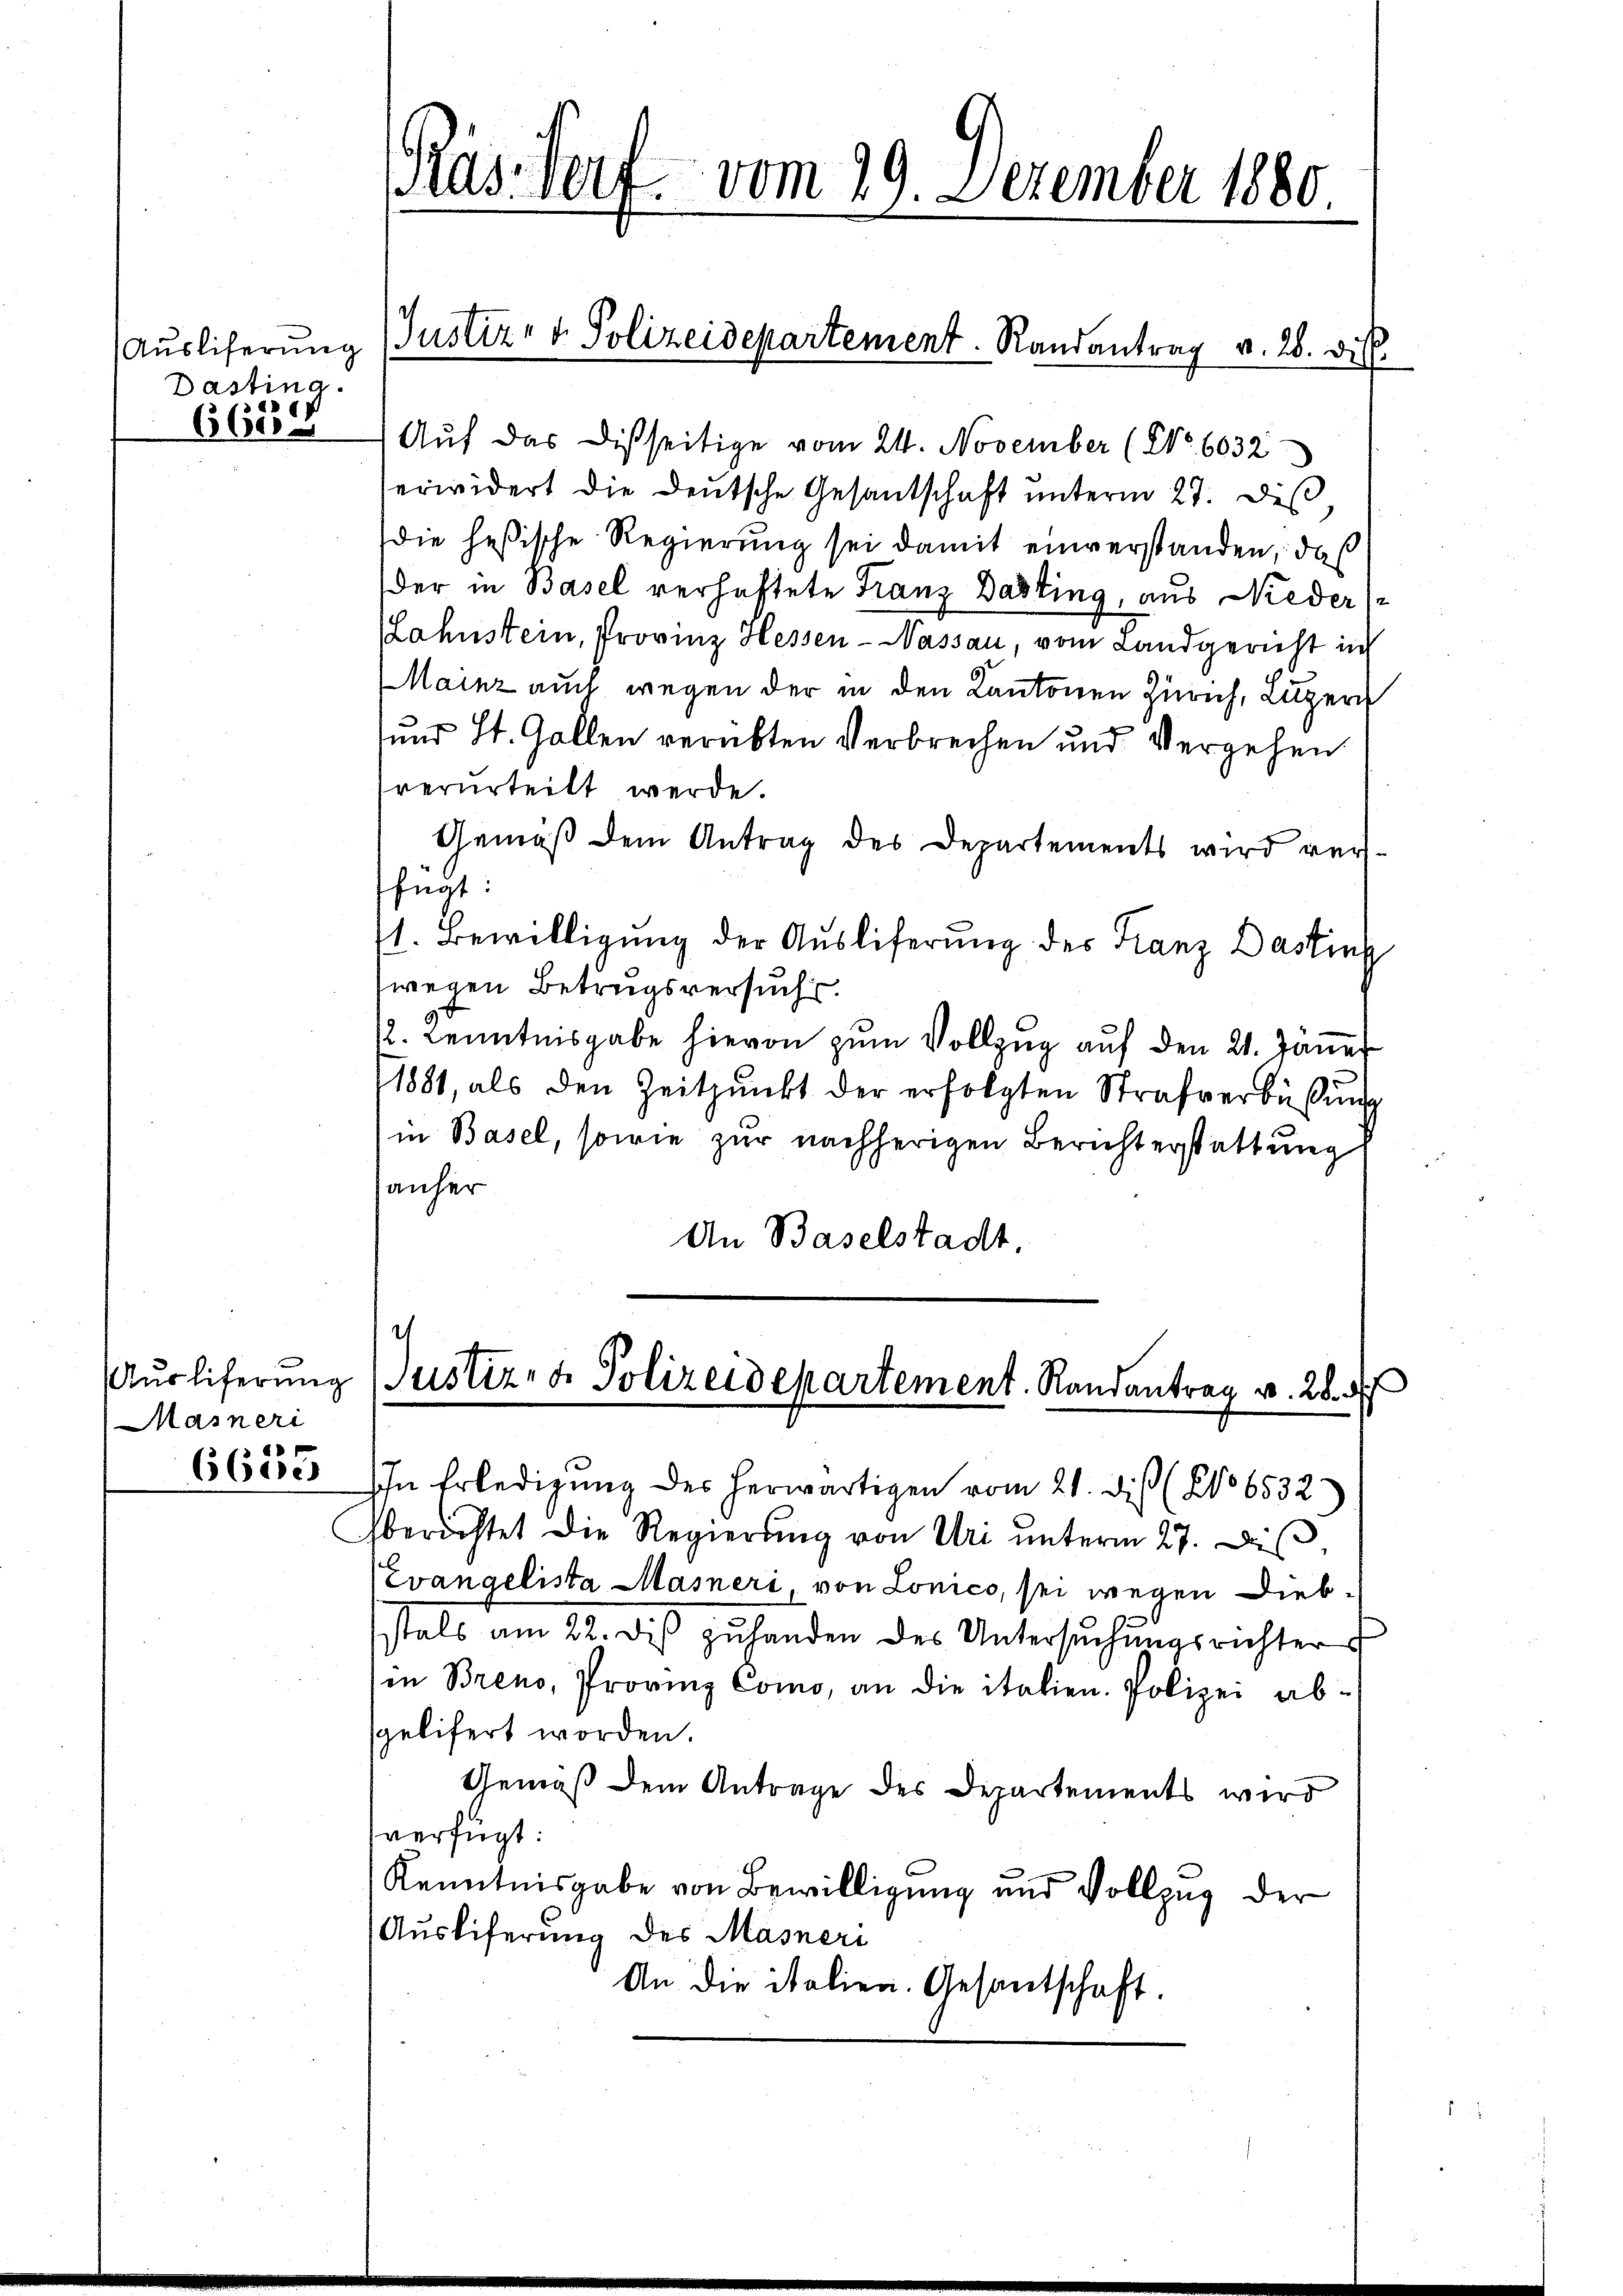
Dasting.

6629

Masneri
6625

Rus Torf vom 29. Dezember 1880.

Auf das Disseitige vom 24. November (No. 6032
erwidert die Deutsche Gesantschaft ŭnterm 27. des
die heßische Regierung sei damit einverstanden, daß
der in Basel verhaftete Franz Dasting, aus Nieder (
Lahnstein, Provinz Hessen-Nassau, vom Landgericht in
Mainz auch wegen der in den Kantonen Zürich, Luzern
und St. Gallen verübten Verbrechen und Vergehen
verurteilt werde.
Gemäß dem Antrag des Departements wird verfügt:
1. Bewilligung der Auslieferung des Franz Dasting
wegen Betrugsversuch
12. Kenntnisgabe hievon zum Vollzug auf den 21. Jänner
1881, als den Zeitpunkt der erfolgten Strafverbüßung
(in Basel, sowie zur nachherigen Berichterstattung
anher
An Baselstadt.
2
ŭsliferung (Justiz- & Polizeidepartement. Randantrag v. 28. A

Auslieferung (Justiz- & Polizeidepartement. Randantrag v. 26. Die

In Erledigung des herwärtigen vom 21. diß (No 6532)

sberichtet die Regierŭng von Uri ŭnterm 27. dβ,
Evangelista Masneri, von Lonico, sei wegen Diebstals am 22. diβ zŭ handen des Untersŭchŭngsrichter
in Breno, Provinz Como, an die italien. Polizei absgelifert worden.
Gemäß dem Antrage des Departements wird
verfügt:
Kenntnisgabe von Bewilligung und Vollzug der
Ausliferung des Masneri
An die italien. Gesantschaft.